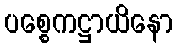
ပစ္စေကဋ္ဌာယိနော